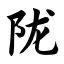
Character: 陇